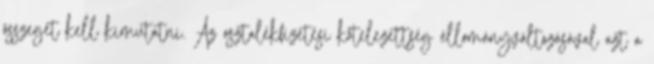
összegét kell kimutatni. Az osztalékfizetési kötelezettség állományváltozásával azt a